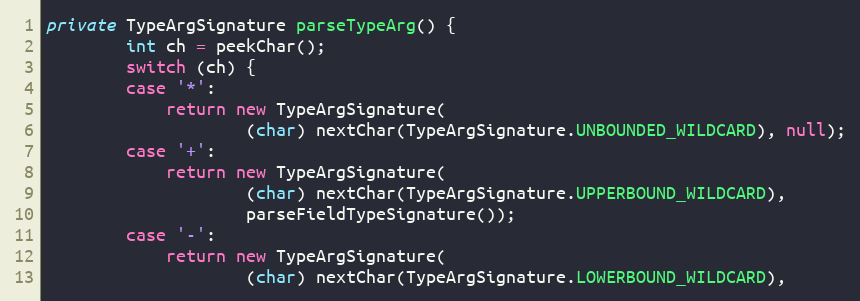
Language: Java
private TypeArgSignature parseTypeArg() {
		int ch = peekChar();
		switch (ch) {
		case '*':
			return new TypeArgSignature(
					(char) nextChar(TypeArgSignature.UNBOUNDED_WILDCARD), null);
		case '+':
			return new TypeArgSignature(
					(char) nextChar(TypeArgSignature.UPPERBOUND_WILDCARD),
					parseFieldTypeSignature());
		case '-':
			return new TypeArgSignature(
					(char) nextChar(TypeArgSignature.LOWERBOUND_WILDCARD),